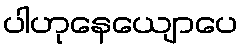
ပါဟုနေယျောပေ